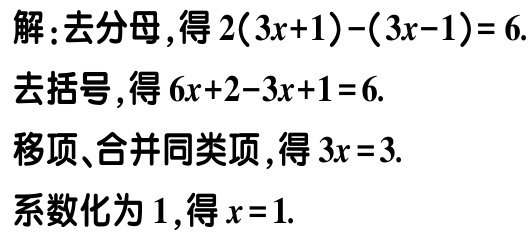
解：去分母，得\(2(3x + 1)-(3x - 1)=6\).
去括号，得\(6x + 2 - 3x + 1 = 6\).
移项、合并同类项，得\(3x = 3\).
系数化为\(1\)，得\(x = 1\).